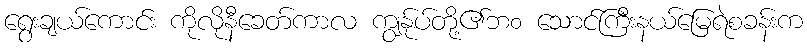
ရွေးချယ်ကောင်း ကိုလိုနီခေတ်ကာလ ကျွနု်ပ်တို့၏ဘ၀ သောင်ကြီးနယ်မြေရဲစခန်းက